Report of the Indian Hemp Drugs Commission, 1894-1895 - Volume VII
Year: 1894
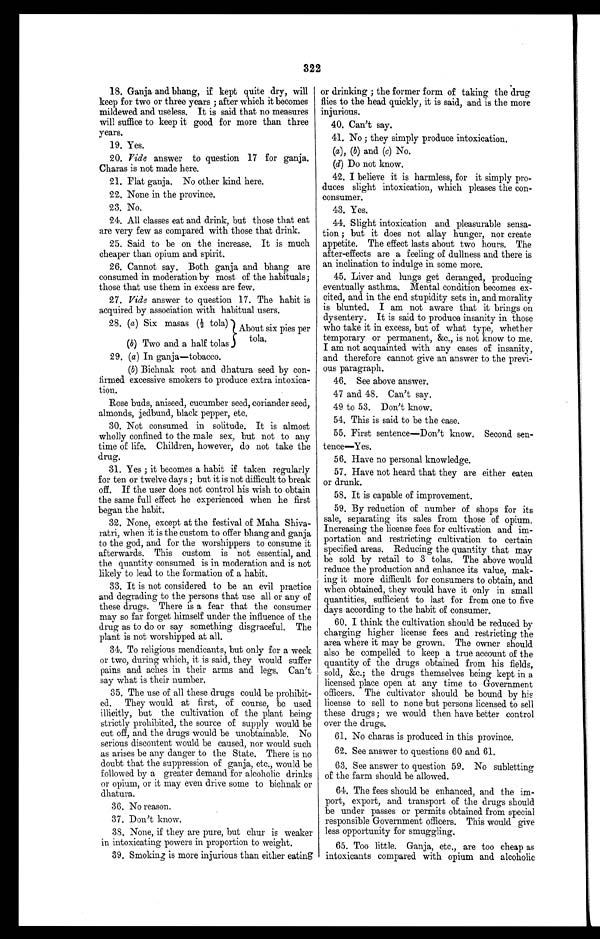
322
18.Ganja and bhang, if kept quite dry, will
keep for two or three years ; after which it becomes
mildewed and useless. It is said that no measures
will suffice to keep it good for more than three
years.
1
9. Yes.
20. Vide answer to question 17 for ganja.
Charas is not made here.
21. Flat ganja. No other kind here.
22. None in the province.
23. No.
24. All classes eat and drink, but those that eat
are very few as compared with those that drink.
25.Said to be on the increase. It is much
cheaper than opium and spirit.
26. Cannot say. Both ganja and bhang are
consumed in moderation by most of the habituals;
those that use them in excess are few.
27.Vide answer to question 17. The habit is
acquired by association with habitual users.
2 8 .
( a )
Six masas (½tola)
}
(b) Two and a half tolas.
About six pies per
t o l a
2 9 .
( a )
I n g a n j a — t o b a c c o .
( b ) Bichnak root and dhatura seed by con-
firmed excessive smokers to produce extra intoxica-
tion.
Rose buds, aniseed, cucumber seed, coriander seed,
almonds, jedbund, black pepper, etc.
30.Not consumed in solitude. It is almost
wholly confined to the male sex, but not to any
time of life. Children, however, do not take the
drug.
31. Yes ; it becomes a habit if taken regularly
for ten or twelve days ; but it is not difficult to break
off. If the user does not control his wish to obtain
the same full effect he experienced when he first
began the habit.
32. None, except at the festival of Maha Shiva-
ratri, when it is the custom to offer bhang and ganja
to the god, and for the worshippers to consume it
afterwards. This custom is not essential, and
the quantity consumed is in moderation and is not
likely to lead to the formation of a habit.
33. It is not considered to be an evil practice
and degrading to the persons that use all or any of
these drugs. There is a fear that the consumer
may so far forget himself under the influence of the
drug as to do or say something disgraceful. The
plant is not worshipped at all.
34. To religious mendicants, but only for a week
or two, during which, it is said, they would suffer
pains and aches in their arms and legs. Can't
say what is their number.
35. The use of all these drugs could be prohibit-
ed. They would at first, of course, be used
illicitly, but the cultivation of the plant being
strictly prohibited, the source of supply would be
cut off, and the drugs would be unobtainable. No
serious discontent would be caused, nor would such
as arises be any danger to the State. There is no
doubt that the suppression of ganja, etc., would be
followed by a greater demand for alcoholic drinks
or opium, or it may even drive some to bichnak or
dhatura.
36. No reason.
37. Don't know.
38, None, if they are pure, but char is weaker
in intoxicating powers in proportion to weight.
39. Smoking is more injurious than either eating
or drinking ; the former form of taking the drug
flies to the head quickly, it is said, and is the more
injurious.
40. Can't say.
41. No ; they simply produce intoxication.
(a) , (b) and (c) No.
(d) Do not know.
42. I believe it is harmless, for it simply pro-
duces slight intoxication, which pleases the con-
consumer.
43. Yes.
44. Slight intoxication and pleasurable sensa-
tion ; but it does not allay hunger, nor create
appetite. The effect lasts about two hours. The
after-effects are a feeling of dullness and there is
an inclination to indulge in some more.
45.Liver and lungs get deranged, producing
eventually asthma. Mental condition becomes ex-
cited, and in the end stupidity sets in, and morality
is blunted. I am not aware that it brings on
dysentery. It is said to produce insanity in those
who take it in excess, but of what type, whether
temporary or permanent, &c., is not know to me.
I am not acquainted with any cases of insanity,
and therefore cannot give an answer to the previ-
ous paragraph.
46. See above answer.
47 and 48. Can't say.
49 to 53. Don't know.
54. This is said to be the case.
55. First sentence—Don't know. Second sen-
tence—Yes.
56. Have no personal knowledge.
57. Have not heard that they are either eaten
or drunk.
58. It is capable of improvement.
59. By reduction of number of shops for its
sale, separating its sales from those of opium.
Increasing the license fees for cultivation and im-
portation and restricting cultivation to certain
specified areas. Reducing the quantity that may
be sold by retail to 3 tolas. The above would
reduce the production and enhance its value, mak-
ing it more difficult for consumers to obtain, and
when obtained, they would have it only in small
quantities, sufficient to last for from one to five
days according to the habit of consumer.
60. I think the cultivation should be reduced by
charging higher license fees and restricting the
area where it may be grown. The owner should
also be compelled to keep a true account of the
quantity of the drugs obtained from his fields,
s o l d , & c . ; t h e d r u g s t h e m s e l v e s b e i n g k e p t i n a
licensed place open at any time to Government
officers. The cultivator should be bound by his
license to sell to none but persons licensed to sell
these drugs ; we would then have better control
over the drugs.
61. No charas is produced in this province.
62. See answer to questions 60 and 61.
6 3 . S e e a n s w e r t o q u e s t i o n 5 9 . N o s u b l e t t i n g
of the farm should be allowed.
64. The fees should be enhanced, and the im-
port, export, and transport of the drugs should
be under passes or permits obtained from special
responsible Government officers. This would give
less opportunity for smuggling.
65. Too little. Ganja, etc., are too cheap as
intoxicants compared with opium and alcoholic